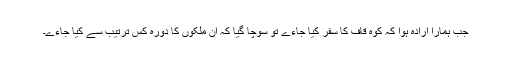
جب ہمارا ارادہ ہوا کہ کوہ قاف کا سفر کیا جاءے تو سوچا گیا کہ ان ملکوں کا دورہ کس ترتیب سے کیا جاءے۔